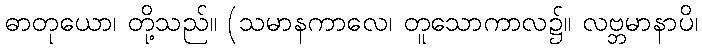
ဓာတုယော၊ တို့သည်။ (သမာနကာလေ၊ တူသောကာလ၌။ လဗ္ဘမာနာပိ၊